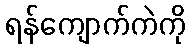
ရန်ကျောက်ကဲကို